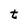
Character: t